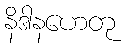
နိဒါနဟေတု